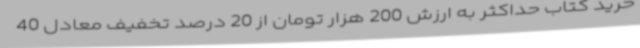
خرید کتاب حداکثر به ارزش 200 هزار تومان از 20 درصد تخفیف معادل 40